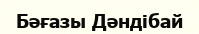
Бәғазы Дәндібай